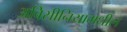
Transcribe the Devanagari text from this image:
अबिसीनियामधील